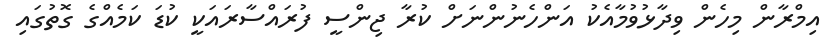
އިމްރާން މިހެން ވިދާޅުވުމާއެކު އަންހެނުންނަށް ކުރާ ޖިންސީ ފުރައްސާރައަކީ ކުޑަ ކަމެއްގެ ގޮތުގައި